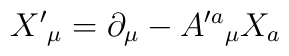
X^{\prime }{}_{\mu }=\partial_{\mu }-A^{\prime a}{}_{\mu }X_{a}